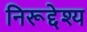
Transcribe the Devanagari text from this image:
निरूद्देश्य